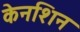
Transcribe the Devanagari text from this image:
केनशिन